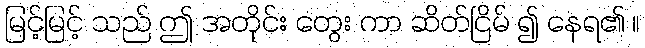
မြင့်မြင့် သည် ဤ အတိုင်း တွေး ကာ ဆိတ်ငြိမ် ၍ နေရ၏ ။